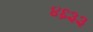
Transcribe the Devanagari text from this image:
४६३३